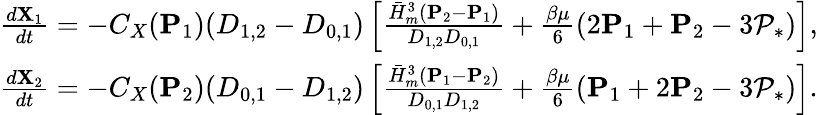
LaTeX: \begin{array}{r}{\frac{d\mathbf{X}_{1}}{dt}=-C_{X}(\mathbf{P}_{1})(D_{1,2}-D_{0,1})\left[{\frac{\bar{H}_{m}^{3}(\mathbf{P}_{2}-\mathbf{P}_{1})}{D_{1,2}D_{0,1}}}+{\frac{\beta\mu}{6}}(2\mathbf{P}_{1}+\mathbf{P}_{2}-3\mathcal{P}_{*})\right],}\\ {\frac{d\mathbf{X}_{2}}{dt}=-C_{X}(\mathbf{P}_{2})(D_{0,1}-D_{1,2})\left[{\frac{\bar{H}_{m}^{3}(\mathbf{P}_{1}-\mathbf{P}_{2})}{D_{0,1}D_{1,2}}}+{\frac{\beta\mu}{6}}(\mathbf{P}_{1}+2\mathbf{P}_{2}-3\mathcal{P}_{*})\right].}\end{array}